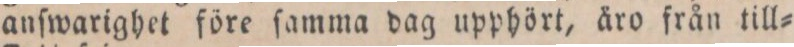
anſwarighet före ſamma dag upphört, åro från till=